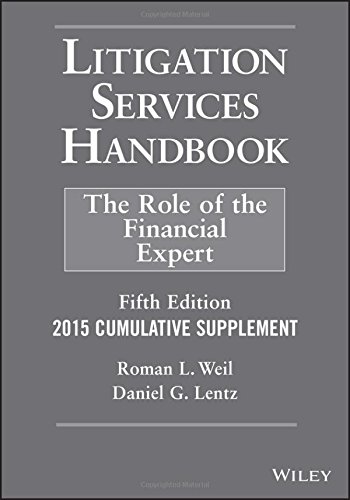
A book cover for Litigation Services Handbook, 2015 Cumulative Supplement: The Role of the Financial Expert; Roman L. Weil; Law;